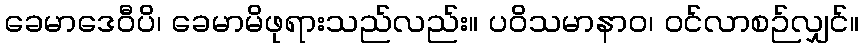
ခေမာဒေဝီပိ၊ ခေမာမိဖုရားသည်လည်း။ ပဝိသမာနာဝ၊ ဝင်လာစဉ်လျှင်။